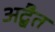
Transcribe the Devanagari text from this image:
अद्बैत